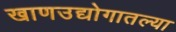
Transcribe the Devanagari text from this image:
खाणउद्योगातल्या